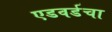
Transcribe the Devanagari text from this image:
एडवर्डचा